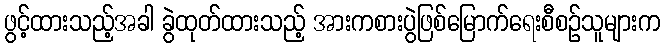
ဖွင့်ထားသည့်အခါ ခွဲထုတ်ထားသည့် အားကစားပွဲဖြစ်မြောက်ရေးစီစဉ်သူများက